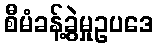
စီမံခန့်ခွဲမှုဥပဒေ